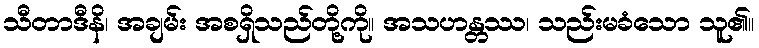
သီတာဒီနိ၊ အချမ်း အစရှိသည်တို့ကို။ အသဟန္တဿ၊ သည်းမခံသော သူ၏။